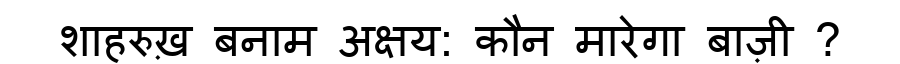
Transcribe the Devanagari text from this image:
शाहरुख़ बनाम अक्षय: कौन मारेगा बाज़ी ?